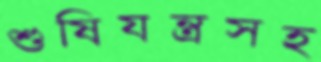
শুষিযন্ত্রসহ